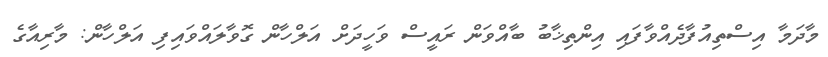
މާދަމާ އިސްތިއުފާދެއްވާފައި އިންތިޚާބު ބާއްވަން ރައީސް ވަހީދަށް އަލްހާން ގޮވާލައްވައިފި އަލްހާން: މާރިއާގެ